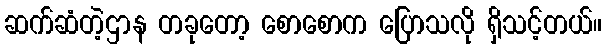
ဆက်ဆံတဲ့ဌာန တခုတော့ စောစောက ပြောသလို ရှိသင့်တယ်။